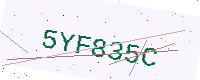
Text: 5YF835C